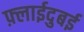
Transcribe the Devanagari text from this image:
फ़्लाईदुबई